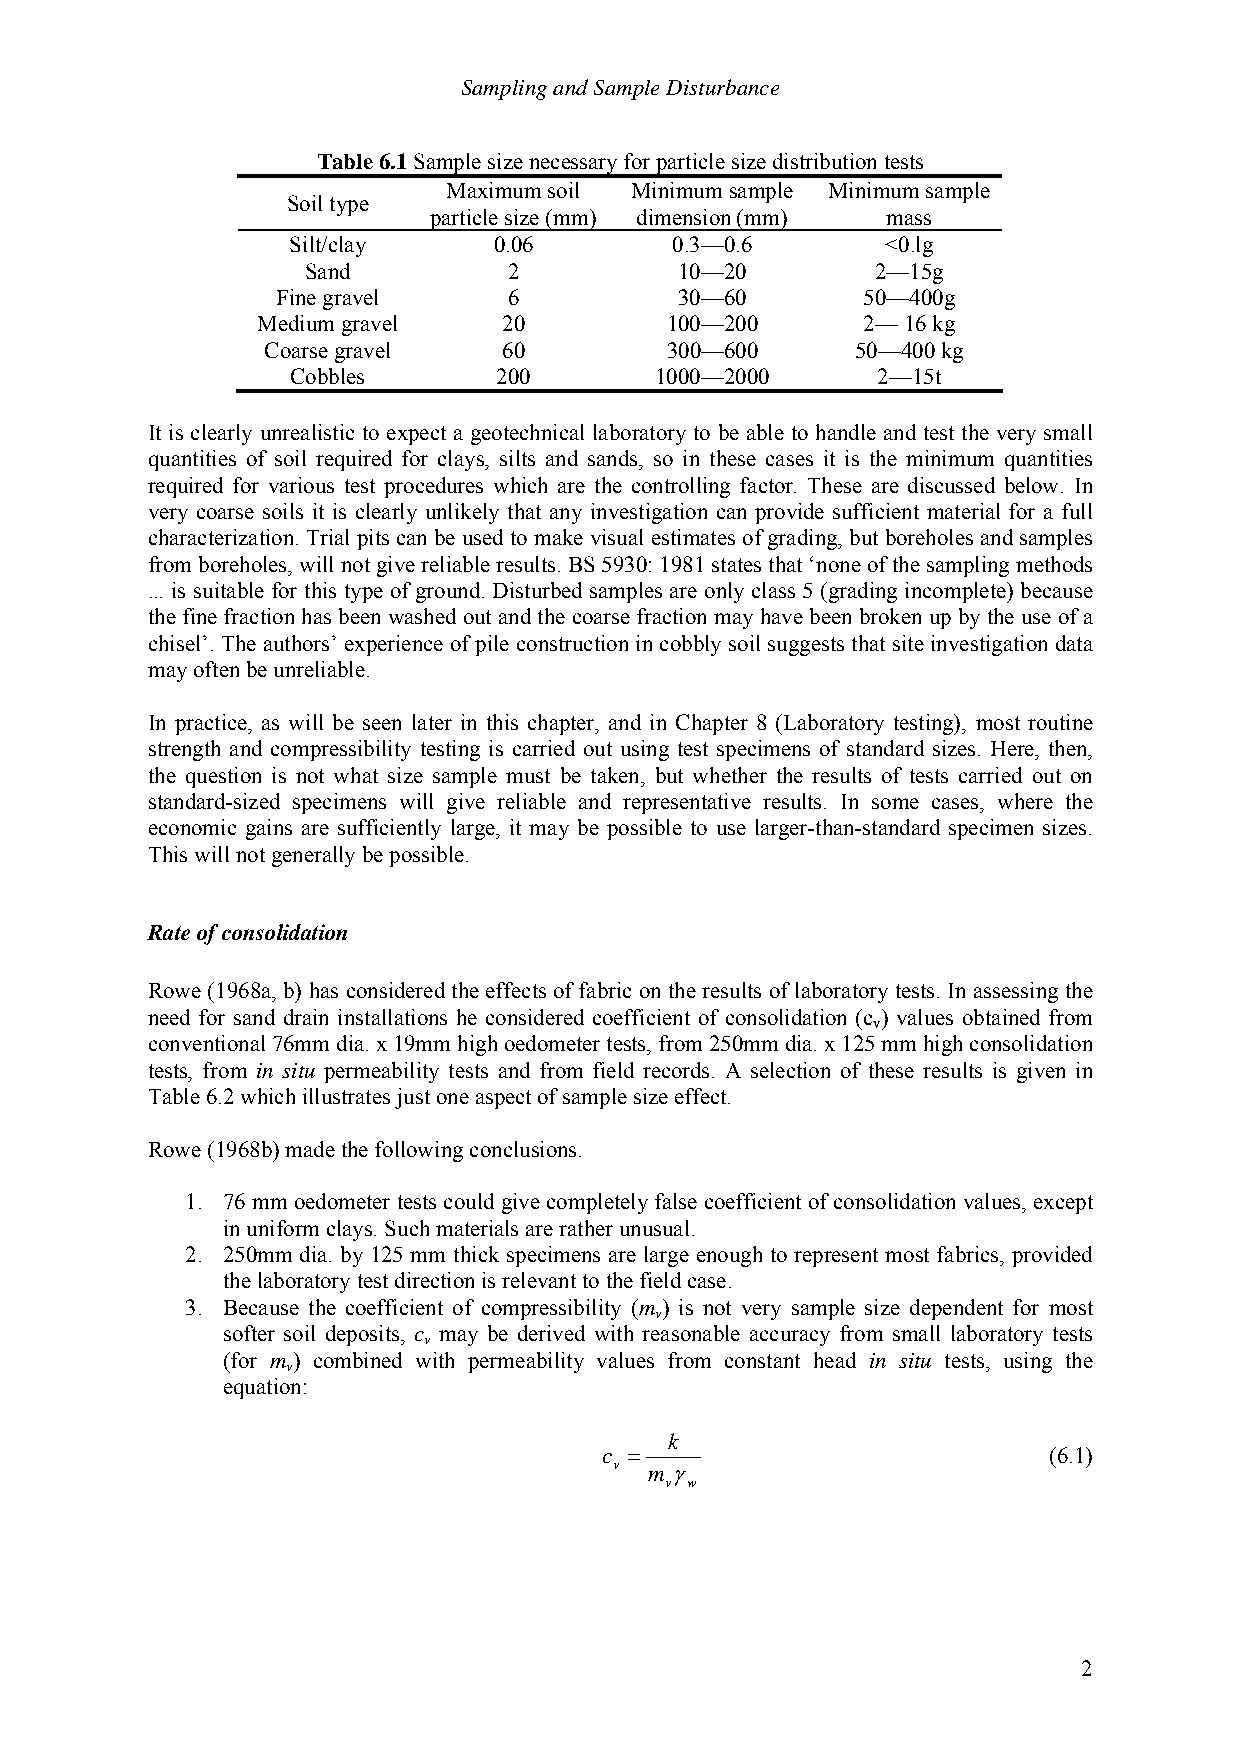
Sampling and Sample Disturbance
 Table 6.1 Sample size necessary for particle size distribution tests
 Maximum soil Minimum sample Minimum sample
 Soil type
 particle size (mm) dimension (mm) mass
 Silt/clay     0.06       0.3—0.6        <0.lg
 Sand          2          10—20        2—15g
 Fine gravel     6          30—60       50—400g
 Medium gravel   20         100—200      2— 16 kg
 Coarse gravel   60         300—600      50—400 kg
 Cobbles       200       1000—2000      2—15t
 It is clearly unrealistic to expect a geotechnical laboratory to be able to handle and test the very small
 quantities of soil required for clays, silts and sands, so in these cases it is the minimum quantities
 required for various test procedures which are the controlling factor. These are discussed below. In
 very coarse soils it is clearly unlikely that any investigation can provide sufficient material for a full
 characterization. Trial pits can be used to make visual estimates of grading, but boreholes and samples
 from boreholes, will not give reliable results. BS 5930: 1981 states that ‘none of the sampling methods
 ... is suitable for this type of ground. Disturbed samples are only class 5 (grading incomplete) because
 the fine fraction has been washed out and the coarse fraction may have been broken up by the use of a
 chisel’. The authors’ experience of pile construction in cobbly soil suggests that site investigation data
 may often be unreliable.
 In practice, as will be seen later in this chapter, and in Chapter 8 (Laboratory testing), most routine
 strength and compressibility testing is carried out using test specimens of standard sizes. Here, then,
 the question is not what size sample must be taken, but whether the results of tests carried out on
 standard-sized specimens will give reliable and representative results. In some cases, where the
 economic gains are sufficiently large, it may be possible to use larger-than-standard specimen sizes.
 This will not generally be possible.
 Rate of consolidation
 Rowe (1968a, b) has considered the effects of fabric on the results of laboratory tests. In assessing the
 need for sand drain installations he considered coefficient of consolidation (c ) values obtained from
 v
 conventional 76mm dia. x 19mm high oedometer tests, from 250mm dia. x 125 mm high consolidation
 tests, from in situ permeability tests and from field records. A selection of these results is given in
 Table 6.2 which illustrates just one aspect of sample size effect.
 Rowe (1968b) made the following conclusions.
 1. 76 mm oedometer tests could give completely false coefficient of consolidation values, except
 in uniform clays. Such materials are rather unusual.
 2. 250mm dia. by 125 mm thick specimens are large enough to represent most fabrics, provided
 the laboratory test direction is relevant to the field case.
 3. Because the coefficient of compressibility (m ) is not very sample size dependent for most
 v
 softer soil deposits, c may be derived with reasonable accuracy from small laboratory tests
 v
 (for m ) combined with permeability values from constant head in situ tests, using the
 v
 equation:
 k
 c =                          (6.1)
 v m γ
 v w
 2